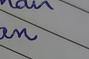
Signature authenticity: genuine